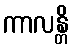
ကာလန္တိ